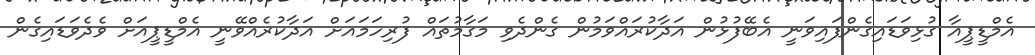
އެމްޑީޕީއާ ގުޅިވަޑައިގެންފައިވަނީ އެބޭފުޅުން އަދާކުރައްވަމުން ގެންދެވި މަގާމުތައް ފުރިހަމައަށް އަދާކުރެއްވޭނީ އެމްޑީޕީއަށް ވެދެވަޑައިގެން